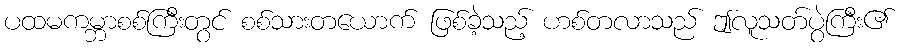
ပထမကမ္ဘာစစ်ကြီးတွင် စစ်သားတယောက် ဖြစ်ခဲ့သည့် ဟစ်တလာသည် ဤလူသတ်ပွဲကြီး၏